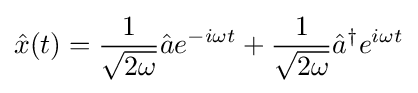
{\hat {x}}(t)={\frac {1}{\sqrt {2\omega }}}{\hat {a}}e^{-i\omega t}+{\frac {1}{\sqrt {2\omega }}}{\hat {a}}^{\dagger }e^{i\omega t}